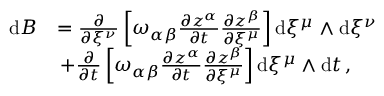
\begin{array} { r l } { \mathrm { d } B } & { = \frac { \partial } { \partial \xi ^ { \nu } } \left[ \omega _ { \alpha \beta } \frac { \partial z ^ { \alpha } } { \partial t } \frac { \partial z ^ { \beta } } { \partial \xi ^ { \mu } } \right] \mathrm { d } \xi ^ { \mu } \wedge \mathrm { d } \xi ^ { \nu } } \\ & { \, + \frac { \partial } { \partial t } \left[ \omega _ { \alpha \beta } \frac { \partial z ^ { \alpha } } { \partial t } \frac { \partial z ^ { \beta } } { \partial \xi ^ { \mu } } \right] \mathrm { d } \xi ^ { \mu } \wedge \mathrm { d } t \, , } \end{array}